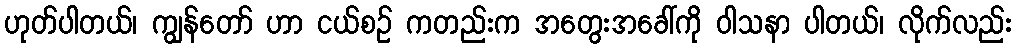
ဟုတ်ပါတယ်၊ ကျွန်တော် ဟာ ငယ်စဉ် ကတည်းက အတွေးအခေါ်ကို ဝါသနာ ပါတယ်၊ လိုက်လည်း